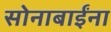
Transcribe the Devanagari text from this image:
सोनाबाईंना